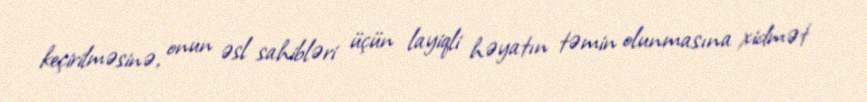
keçirilməsinə, onun əsl sahibləri üçün layiqli həyatın təmin olunmasına xidmət